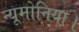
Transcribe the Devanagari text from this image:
न्यूमोनिया।